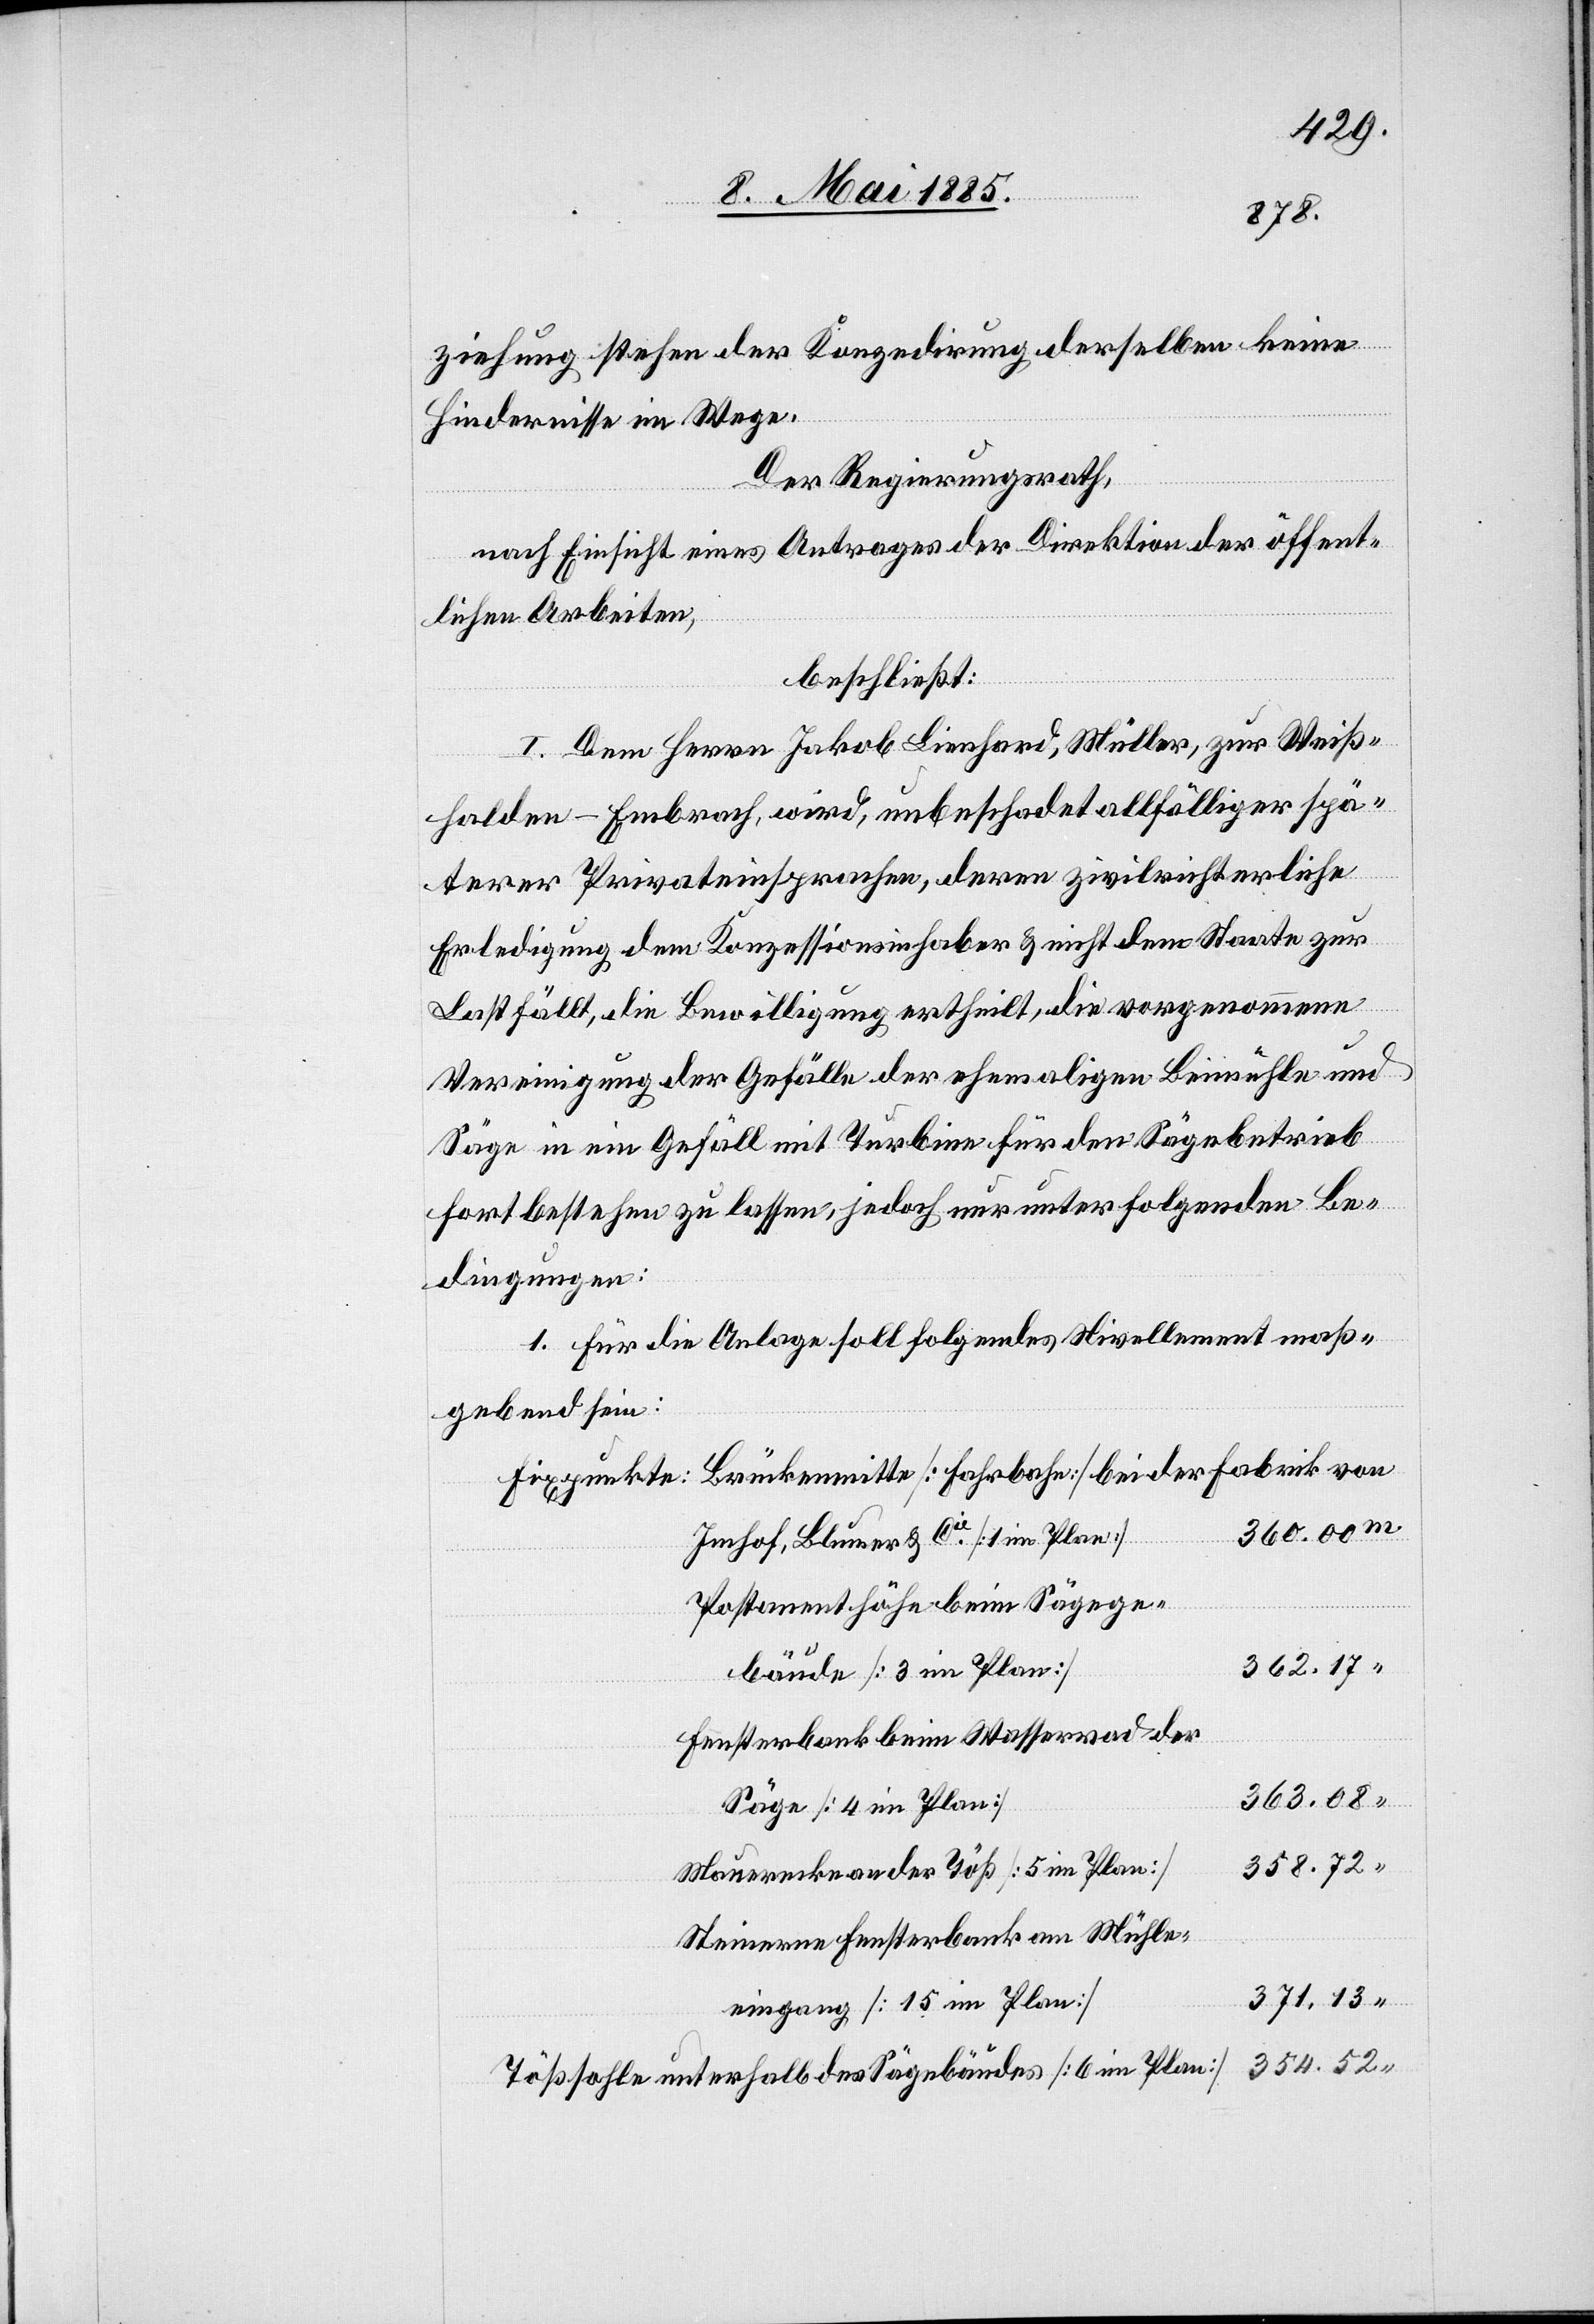
ziehung stehen der Konzedirung derselben keine
Hindernisse im Wege.
Der Regierungsrath,
nach Einsicht eines Antrages der Direktion der öffent¬
lichen Arbeiten,
beschließt:
I. Dem Herrn Jakob Lienhard, Müller, zur Weiß¬
halden - Embrach, wird, unbeschadet allfälliger spä¬
terer Privateinsprachen, deren zivilrichterliche
Erledigung dem Konzessionsinhaber & nicht dem Staate zur
Last fällt, die Bewilligung ertheilt, die vorgenommene
Vereinigung der Gefälle der ehemaligen Beimühle und
m
Säge in ein Gefäll mit Turbine für den Sägebetrieb
fortbestehen zu lassen, jedoch nur unter folgenden Be¬
dingungen:
1. Für die Anlage soll folgendes Nivellement maß¬
gebend sein:
Fixpunkte: Brückenmitte [Fahrbahn] bei der Fabrik von
Imhof, Blumer & Cie [1 im Plan]
Postamenthöhe beim Sägege¬
362.17
bäude [3 im Plan]
Fensterbank beim Wasserrad der
363.08
Säge [4 im Plan]
358.72
Mauerecke an der Töß [5 im Plan]
Steinerne Fensterbank am Mühle¬
371.13
eingang [15 im Plan]
354.52
Tößsohle unterhalb des Säge[ge]bäudes [6 im Plan]